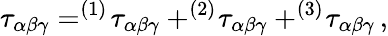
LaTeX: \tau_{\alpha\beta\gamma}=^{(1)}\! \tau_{\alpha\beta\gamma}+^{(2)}\! \tau_{\alpha\beta\gamma}+^{(3)}\! \tau_{\alpha\beta\gamma}\, ,